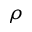
\rho